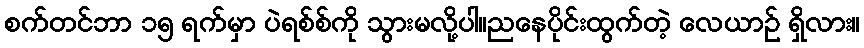
စက်တင်ဘာ ၁၅ ရက်မှာ ပဲရစ်စ်ကို သွားမလို့ပါ။ညနေပိုင်းထွက်တဲ့ လေယာဉ် ရှိလား။